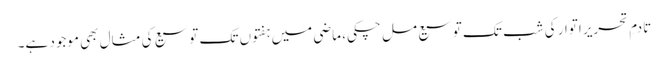
تادمِ تحریر اتوار کی شب تک توسیع مل چکی، ماضی میں ہفتوں تک توسیع کی مثال بھی موجود ہے۔